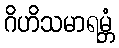
ဂိဟိသမာရမ္ဘံ